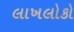
લાખલોકો